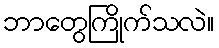
ဘာတွေကြိုက်သလဲ။